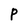
Character: P